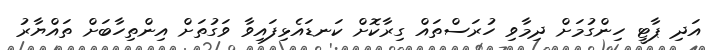
އަދި ޕާޓީ ހިންގުމަށް ދިމާވި ހުރަސްތައް ގިރާކޮށް ކަނޑައެޅިފައިވާ ވަގުތަށް އިންތިހާބަށް ތައްޔާރު